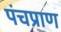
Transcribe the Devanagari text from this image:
पंचप्राण